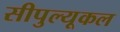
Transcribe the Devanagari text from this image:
सीपुल्यूकल